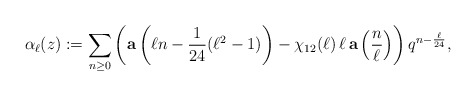
\begin{align*} \alpha_\ell(z):=\sum_{n \geq 0}\left(\textbf{a}\left(\ell n - \frac{1}{24}(\ell^2 - 1)\right) - \chi_{12}(\ell) \, \ell \,\textbf{a} \left(\frac{n}{\ell}\right)\right) q^{n - \frac{\ell}{24}}, \end{align*}